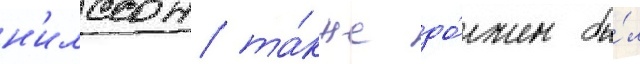
н'илссон та́кже до́лжен бы́л